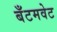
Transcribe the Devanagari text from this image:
बँटमवेट